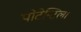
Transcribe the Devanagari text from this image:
पोटेन्टिला